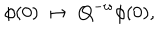
{ { \phi } } ( 0 ) \ \mapsto \ { { \bf Q } } ^ { - w } { { \phi } } ( 0 ) ,